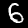
Label: 6